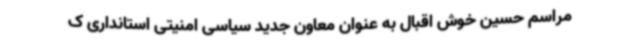
مراسم حسین خوش اقبال به عنوان معاون جدید سیاسی امنیتی استانداری ک